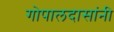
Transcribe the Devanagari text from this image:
गोपालदासांनी